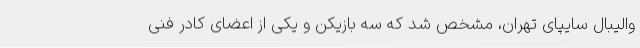
والیبال سایپای تهران، مشخص شد که سه بازیکن و یکی از اعضای کادر فنی